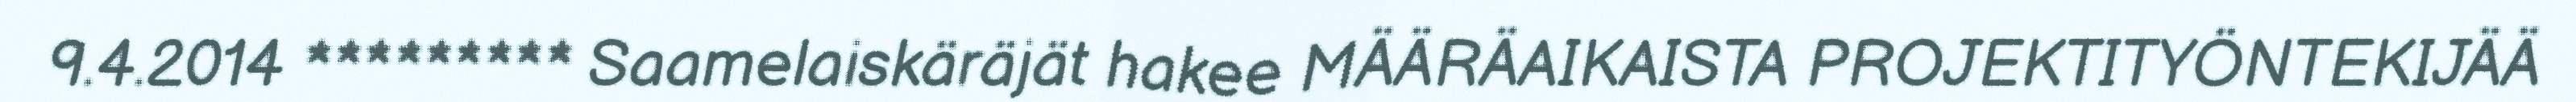
9.4.2014 ********* Saamelaiskäräjät hakee MÄÄRÄAIKAISTA PROJEKTITYÖNTEKIJÄÄ